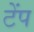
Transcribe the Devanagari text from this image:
टेंप